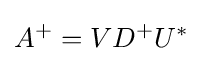
A^{+}=VD^{+}U^{*}